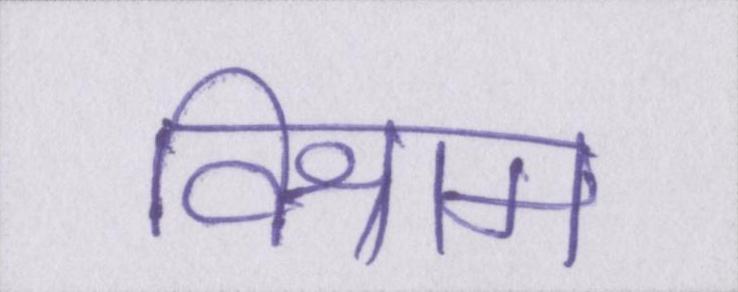
विश्राम